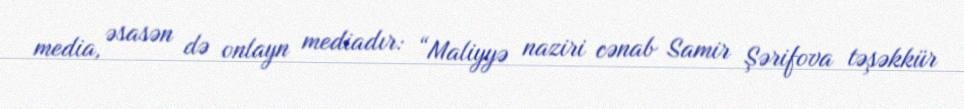
media, əsasən də onlayn mediadır: “Maliyyə naziri cənab Samir Şərifova təşəkkür